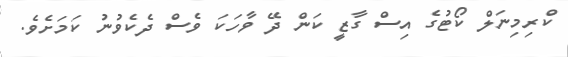
ކްރިމިނަލް ކޯޓުގެ އިސް ގާޒީ ކަން ދޭ ވާހަކަ ވެސް ދެކެވުނު ކަމަށެވެ.